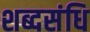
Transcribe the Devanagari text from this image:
शब्दसंधि